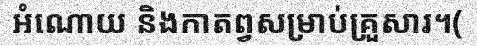
អំណោយ និងកាតព្វសម្រាប់គ្រួសារ។(